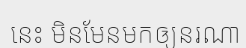
នេះ មិនមែនមកឲ្យនរណា